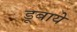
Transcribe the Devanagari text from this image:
डूबाये